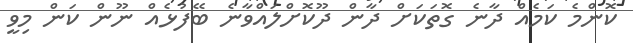
ކޮންމެ ކަމެއް ދާނެ ގޮތަކަށް ދާން ދޫކޮށްލައްވާނެ ބޭފުޅެއް ނޫން ކަން މިވީ